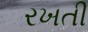
રખતી